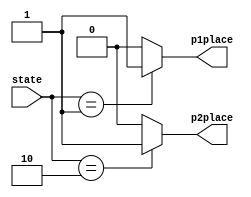
`timescale 1ns / 1ps
//////////////////////////////////////////////////////////////////////////////////
// Company: 
// Engineer: 
// 
// Design Name: 
// Module Name: can_i_place
// Project Name: 
// Target Devices: 
// Tool Versions: 
// Description: 
// 
// Dependencies: 
// 
// Revision:
// Revision 0.01 - File Created
// Additional Comments:
// 
//////////////////////////////////////////////////////////////////////////////////


module can_i_place(
    input [2:0] state,
    output reg p1place,
    output reg p2place
    );
    
    always @(*) begin
        if (state == 1) p1place <= 1; else p1place <= 0;
        if (state == 2) p2place <= 1; else p2place <= 0;
    end
endmodule